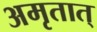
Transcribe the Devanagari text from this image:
अमृतात्‌